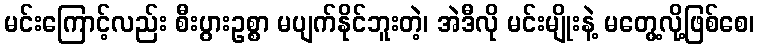
မင်းကြောင့်လည်း စီးပွားဥစ္စာ မပျက်နိုင်ဘူးတဲ့၊ အဲဒီလို မင်းမျိုးနဲ့ မတွေ့လို့ဖြစ်စေ၊